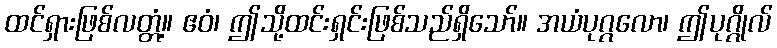
ထင်ရှားဖြစ်လတ္တံ့။ ဧဝံ၊ ဤသို့ထင်းရှင်းဖြစ်သည်ရှိသော်။ အယံပုဂ္ဂလော၊ ဤပုဂ္ဂိုလ်